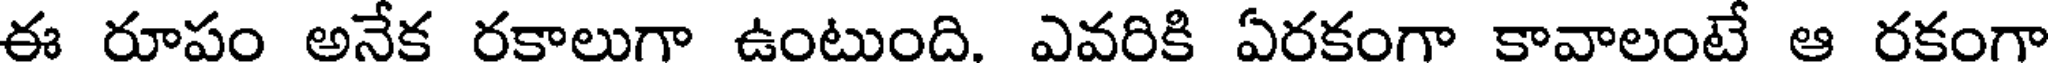
ఈ రూపం అనేక రకాలుగా ఉంటుంది. ఎవరికి ఏరకంగా కావాలంటే ఆ రకంగా